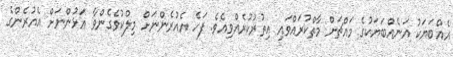
އެއްބަޔަކު އަނެއްބަޔަކުގެ މައްޗަށް މާތްކުރައްވައި އިތުރުކުރެއްވިއެވެ. ފަހެ އެއުރެންނަށް މިލްކުވެގެންވާ އަޅުންނަށް އެއުރެންގެ